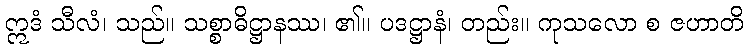
ဣဒံ သီလံ၊ သည်။ သစ္စာဓိဋ္ဌာနဿ၊ ၏။ ပဒဋ္ဌာနံ၊ တည်း။ ကုသလော စ ဇဟာတိ